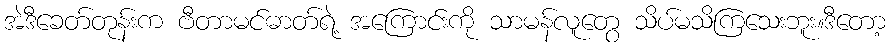
အဲဒီခေတ်တုန်းက ဗီတာမင်ဓာတ်ရဲ့ အကြောင်းကို သာမန်လူတွေ သိပ်မသိကြသေးဘူး။ဒီတော့